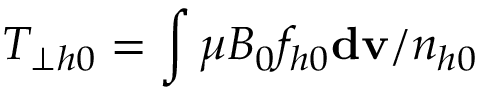
T _ { \perp h 0 } = \int \mu B _ { 0 } f _ { h 0 } \mathbf { d v } / n _ { h 0 }